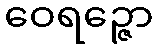
ဝေရဉ္ဇော